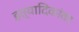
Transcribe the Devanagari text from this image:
इत्यादिकांवर